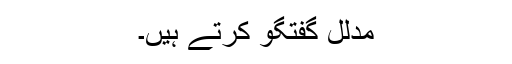
مدلل گفتگو کرتے ہیں۔